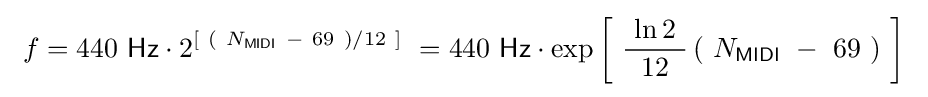
\ f=440\ {\mathsf {Hz}}\cdot 2^{\left[\ \left(\ N_{\mathsf {MIDI}}\ -\ 69\ \right)/12\ \right]}\ =440\ {\mathsf {Hz}}\cdot \exp \left[\ {\frac {\ \ln 2\ }{12}}\left(\ N_{\mathsf {MIDI}}\ -\ 69\ \right)\ \right]~